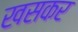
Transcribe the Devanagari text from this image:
खसकर